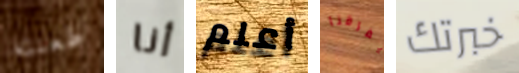
طعنته أنا أعلم يفرقنا خبرتك